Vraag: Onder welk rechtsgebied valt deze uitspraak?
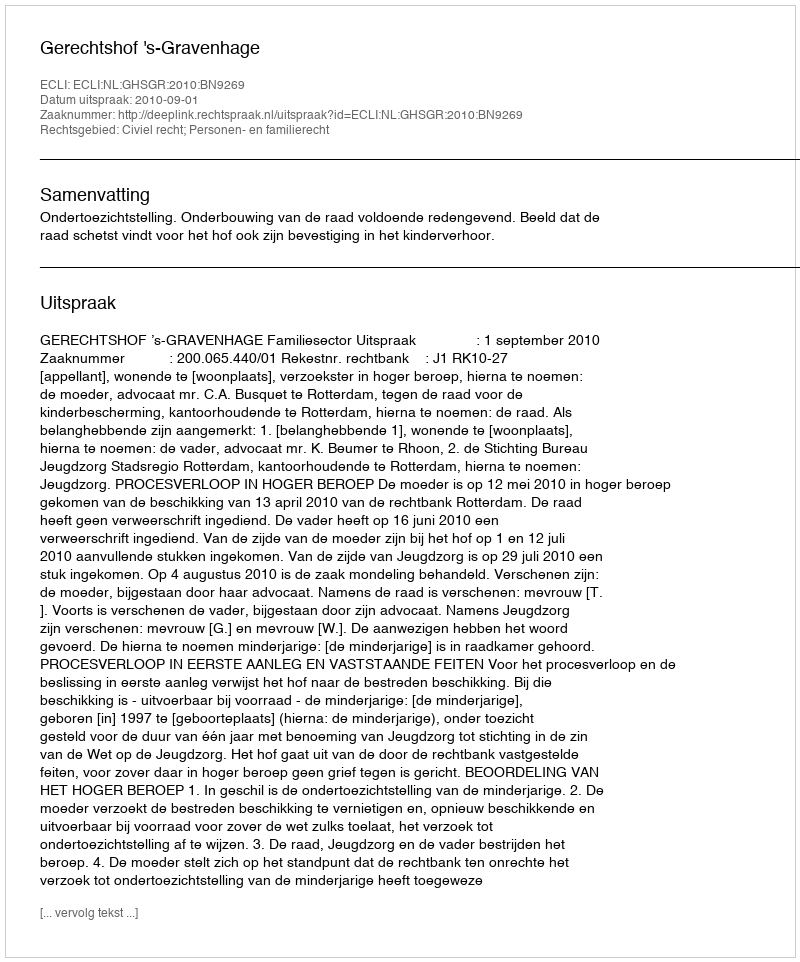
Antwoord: Civiel recht; Personen- en familierecht